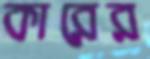
কারের